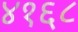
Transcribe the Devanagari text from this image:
४१६८